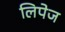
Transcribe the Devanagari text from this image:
लिपेज